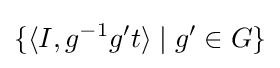
\lbrace \langle I,g^{-1}g^{\prime }t\rangle \mid g^{\prime }\in G\rbrace